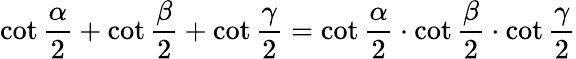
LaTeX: \cot{\frac{\alpha}{2}}+\cot{\frac{\beta}{2}}+\cot{\frac{\gamma}{2}}=\cot{\frac{\alpha}{2}}\cdot\cot{\frac{\beta}{2}}\cdot\cot{\frac{\gamma}{2}}